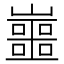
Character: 𡾙